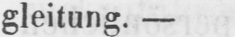
gleitung. -